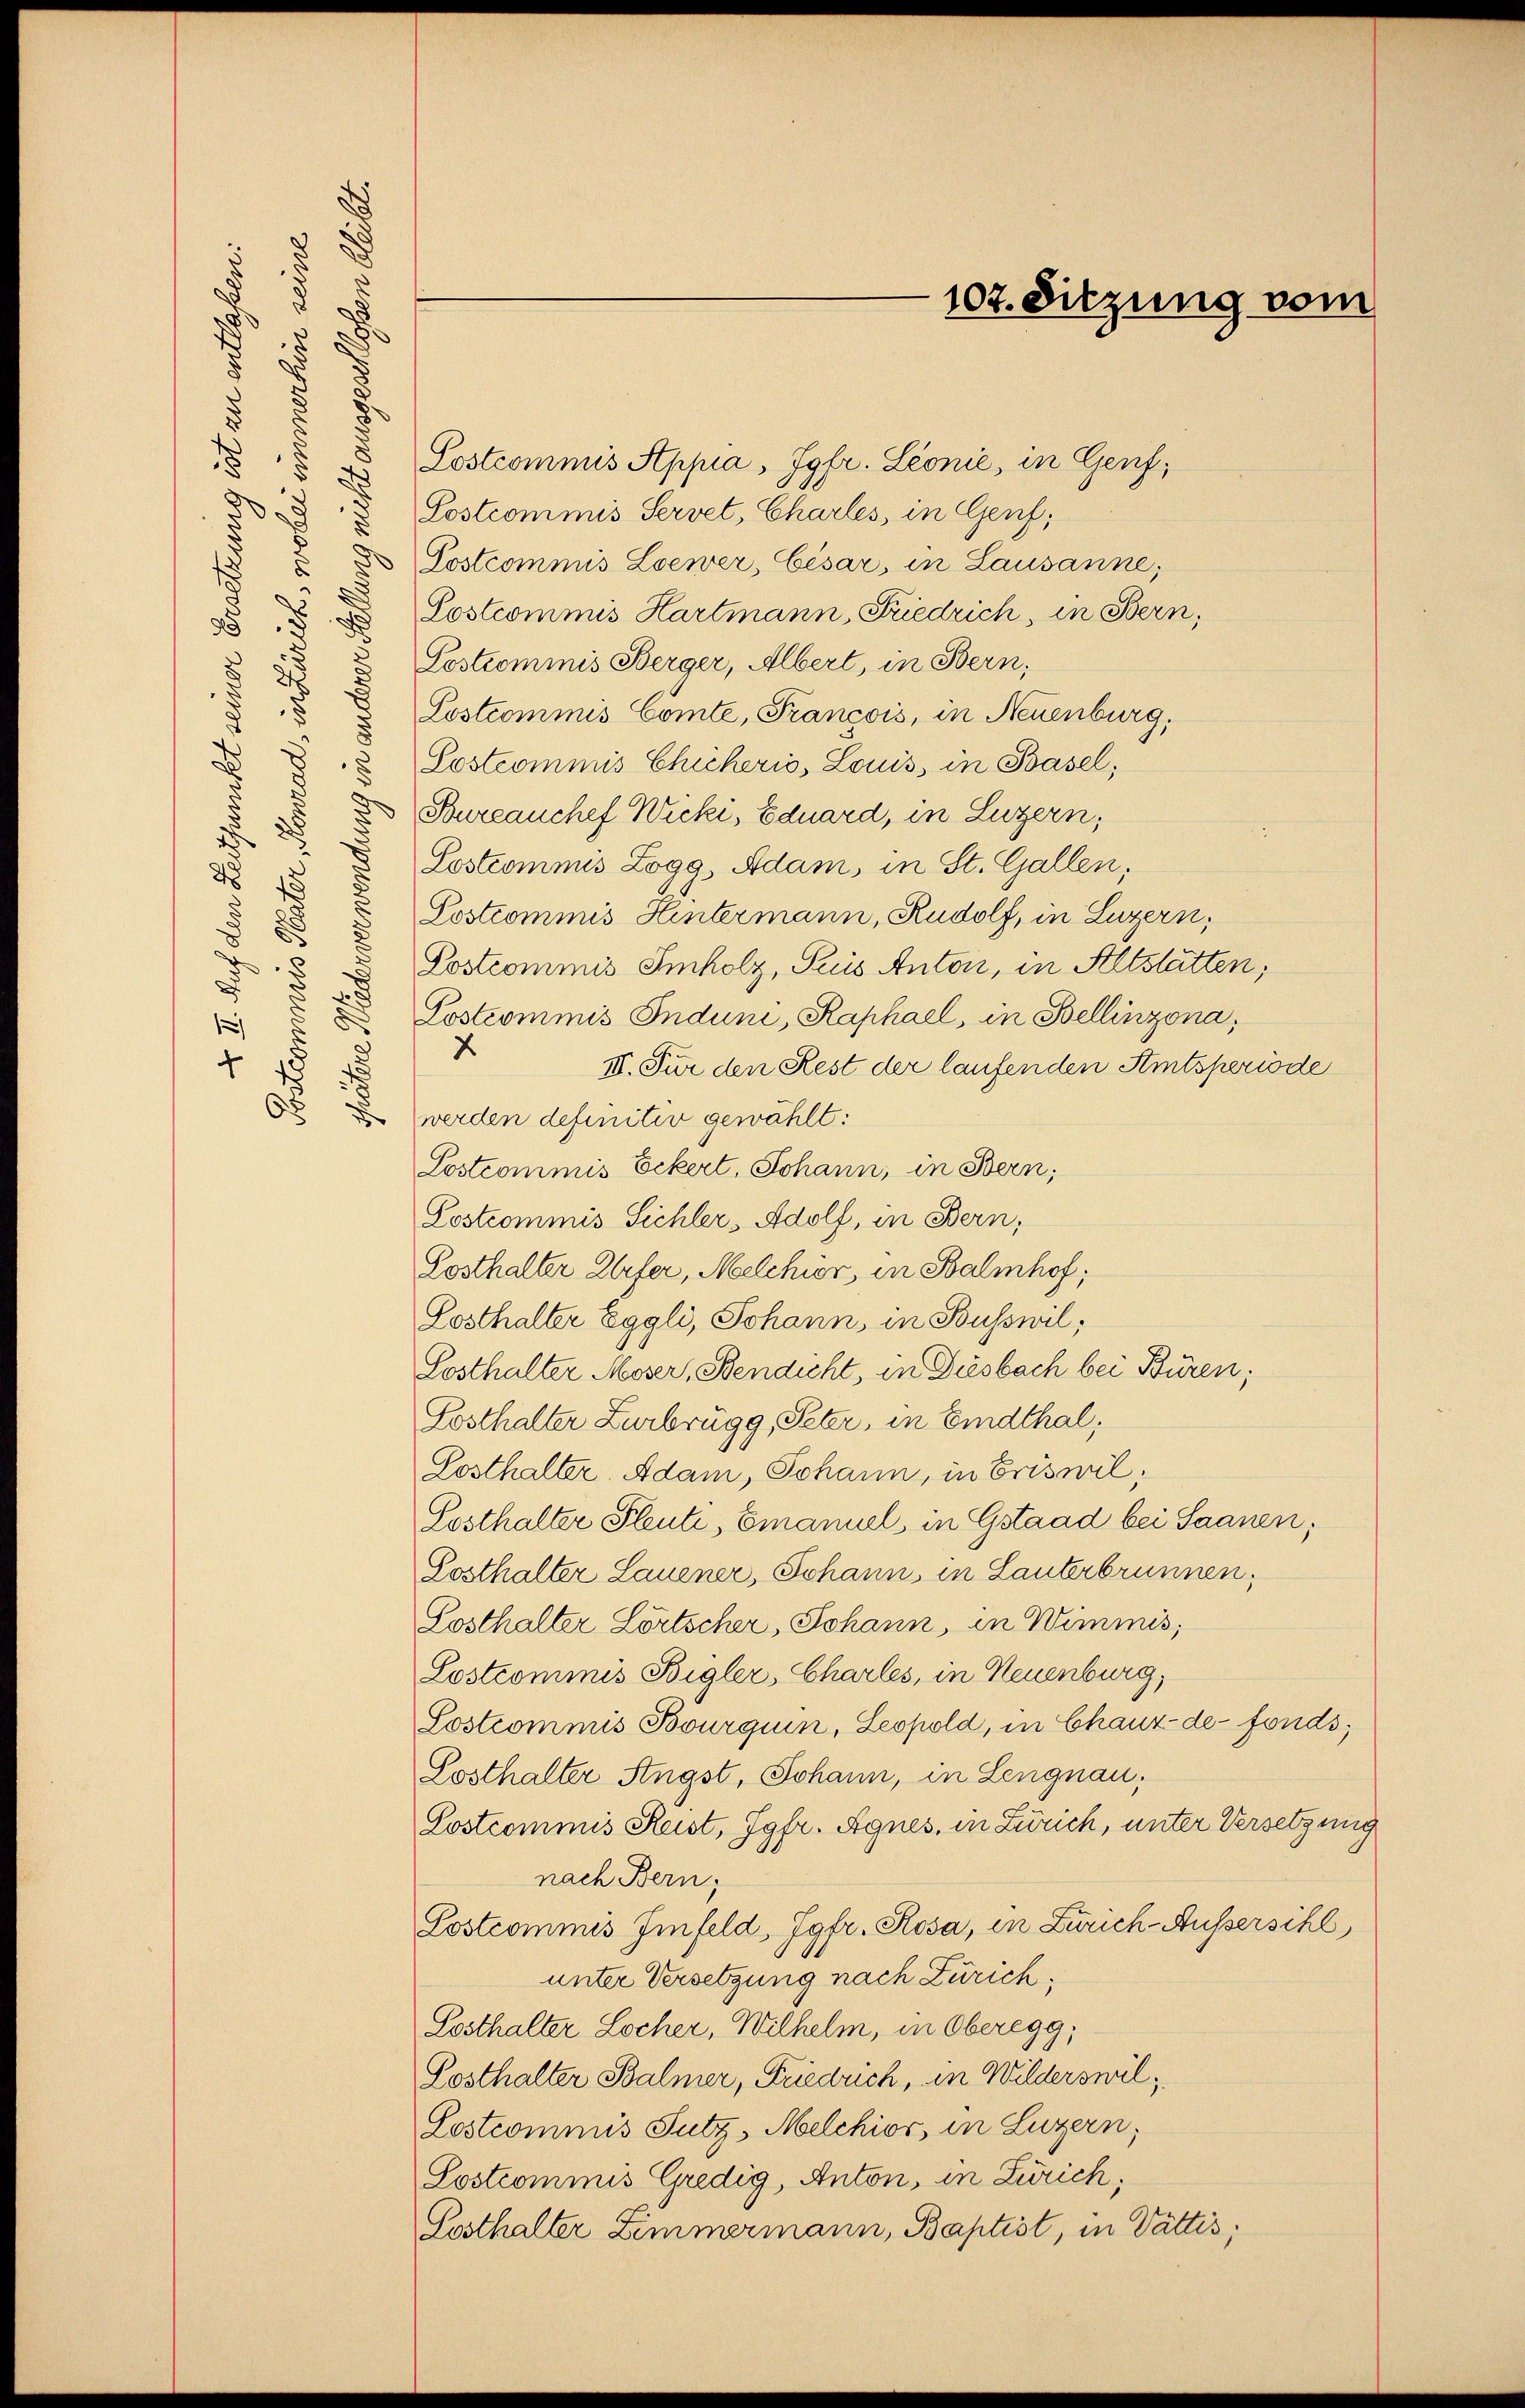
x
u
i
d
5
.
2

d
d

d
2
5
u
r
.
18
Postcommis Appia, Tglr. Leonie, in Genf,
s
d
Sostrommis Servet, Charles, in Cent;
8
d
1
Postcommis Loewer, Cisar, in Lausanne;
.
8
Sostcommis Hartmann, Friedrich, in Bern,
r
88
2
2
Lostrommnis Berger, Albert, in Bern,
8
2
"
8
Lostrommnis Comte, Francois, in Neuenburg
8
Sostcommis Chicheris, Louis in Basel;

d
u
Bureauchef Wicki, Eduard, in Luzern,
.
d
.
Sostcommis Logg, Adam, in St. Gallen,
G
d
E
Postcommis Hintermann, Rudolf, in Luzern,
Lostrommnis Smholz, Prus Anton, in Altstätten,
Lostrommnis Induni, Kaphael, in Bellinzona,
x
III. Für den Rest der laufenden Amtsperiode
werden definitiv gewählt:
Lostcommis Eckert, Johann, in Bern,
Lostcommis Sichler, Adolf, in Bern,
Losthalter Eifer, Melchior, in Balmhof,
Posthalter Eggli, Johann, in Busswil;
Gosthalter Moser, Bendicht, in Diesbach bei Büren,
Posthalter Zurbrugg, Peter, in Eindthal,
Losthalter. Adam, Johann, in Eriswil,
Sosthalter Pleute, Emanuel, in Gstaad bei Saanen,
Sosthalter Lauener, Johann, in Lauterbrunnen,
Posthalter Lörtscher, Johann, in Wimmis,
Lostrommnis Bigler, Charles, in Neuenburg,
Sostrommis Bourquin, Leopold, in Chauz-de-Fonds;
Sosthalter Strast, Johann, in Lengnau,
Postcommis Reist, Jgfr. Agnes, in Zürich, unter Versetzung
nach Bern.
Postcommis Imfeld, Jgfr. Rosa, in Zürich-Aussersihl
unter Versetzung nach Zürich,
Losthalter Locher, Wilhelm, in Oberegg,
Posthalter Balmer, Friedrich, in Wilderswil¬
Gostcommis Futz, Melchior, in Luzern,
Postcommis Credig, Anton, in Zürich,
Posthalter Zimmermann, Baptist, in Vattis,

1
¬
.
d
1

2

107. Sitzung vom